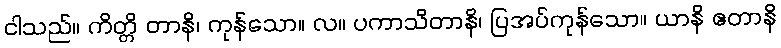
ငါသည်။ ကိတ္တိ တာနိ၊ ကုန်သော။ လ။ ပကာသိတာနိ၊ ပြအပ်ကုန်သော။ ယာနိ ဧတာနိ